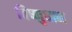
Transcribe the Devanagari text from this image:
विष्णुधाम